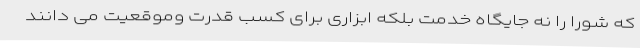
که شورا را نه جایگاه خدمت بلکه ابزاری برای کسب قدرت وموقعیت می دانند